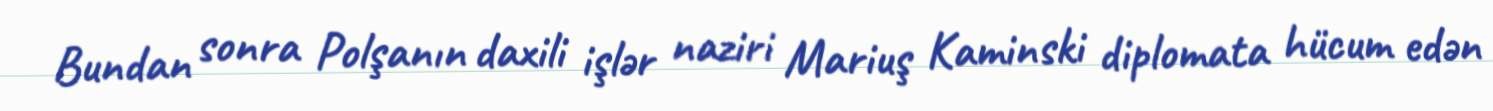
Bundan sonra Polşanın daxili işlər naziri Mariuş Kaminski diplomata hücum edən